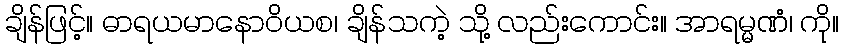
ချိန်ဖြင့်။ ဓာရယမာနောဝိယစ၊ ချိန်သကဲ့ သို့ လည်းကောင်း။ အာရမ္မဏံ၊ ကို။